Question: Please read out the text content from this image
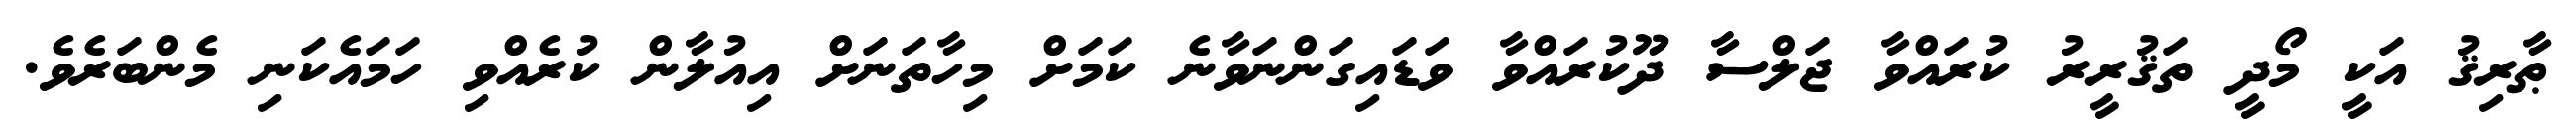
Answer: ޠާރިޤު އަކީ މޯދީ ތަޤުރީރު ކުރައްވާ ޖަލްސާ ދޫކުރައްވާ ވަޑައިގަންނަވާނެ ކަމަށް މިހާތަނަށް އިއުލާން ކުރެއްވި ހަމައެކަނި މެންބަރެވެ.